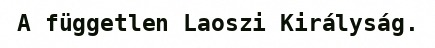
A független Laoszi Királyság.